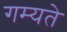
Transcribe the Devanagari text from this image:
गम्यते